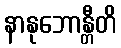
နာနုဘောန္တီတိ